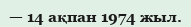
— 14 ақпан 1974 жыл.